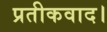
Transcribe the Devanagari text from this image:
प्रतीकवाद।